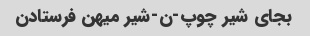
بجای شیر چوپ-ن-شیر میهن فرستادن